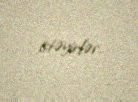
istəyirlər.